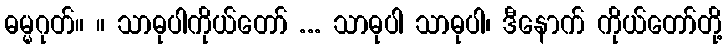
ဓမ္မဂုတ်။ ။ သာဓုပါကိုယ်တော် ... သာဓုပါ သာဓုပါ၊ ဒီနောက် ကိုယ်တော်တို့